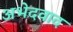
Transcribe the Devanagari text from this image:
अभेदवाद